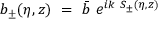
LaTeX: b _ { \pm } ( \eta , z ) ~ = ~ \bar { b } ~ e ^ { i k ~ S _ { \pm } ( \eta , z ) }